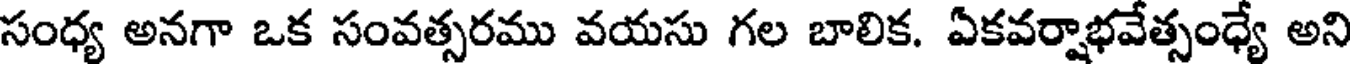
సంధ్య అనగా ఒక సంవత్సరము వయసు గల బాలిక. ఏకవర్షాభవేత్సంధ్యే అని